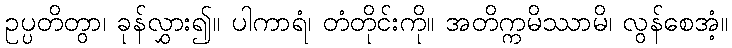
ဥပ္ပတိတွာ၊ ခုန်လွှား၍။ ပါကာရံ၊ တံတိုင်းကို။ အတိက္ကမိဿာမိ၊ လွန်စေအံ့။